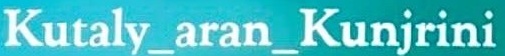
Kutaly_aran_Kunjrini